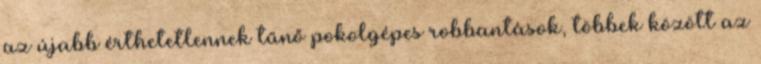
az újabb érthetetlennek tűnő pokolgépes robbantások, többek között az